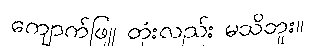
ကျောက်ဖြူ တုံးလည်း မသိဘူး။